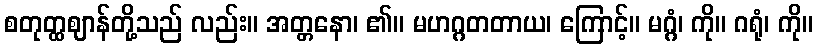
စတုတ္ထဈာန်တို့သည် လည်း။ အတ္တနော၊ ၏။ မဟဂ္ဂတတာယ၊ ကြောင့်။ မဂ္ဂံ၊ ကို။ ဂရုံ၊ ကို။